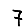
Digit: 7